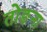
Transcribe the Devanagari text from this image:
तोङना